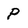
Character: P